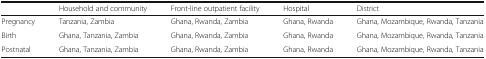
<table><thead><tr><td>[EMPTY_CELL]</td><td><b>Household and community</b></td><td><b>Front-line outpatient facility</b></td><td><b>Hospital</b></td><td><b>District</b></td></tr></thead><tbody><tr><td>Pregnancy</td><td>Tanzania, Zambia</td><td>Ghana, Rwanda, Zambia</td><td>Ghana, Rwanda</td><td>Ghana, Mozambique, Rwanda, Tanzania</td></tr><tr><td>Birth</td><td>Ghana, Tanzania, Zambia</td><td>Ghana, Rwanda, Zambia</td><td>Ghana, Rwanda</td><td>Ghana, Mozambique, Rwanda, Tanzania</td></tr><tr><td>Postnatal</td><td>Ghana, Tanzania, Zambia</td><td>Ghana, Rwanda, Zambia</td><td>Ghana, Rwanda</td><td>Ghana, Mozambique, Rwanda, Tanzania</td></tr></tbody></table>